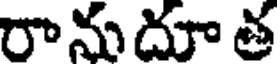
రానుదూ త